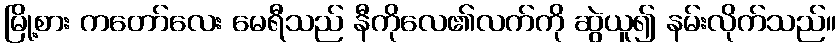
မြို့စား ကတော်လေး မေရီသည် နီကိုလေ၏လက်ကို ဆွဲယူ၍ နမ်းလိုက်သည်။